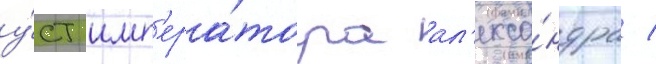
у́ст имп'ера́тора ал'екса́ндра /